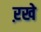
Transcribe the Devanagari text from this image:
ऱखे